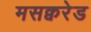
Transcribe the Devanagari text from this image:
मसक्वरेड